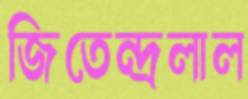
জিতেন্দ্রলাল